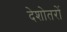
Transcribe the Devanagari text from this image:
देशोतरों